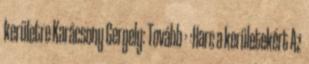
kerületre Karácsony Gergely: Tovább › ›Harc a kerületekért Az